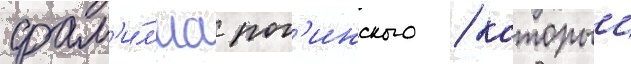
фам'и́л'иа рог'инского / которыи